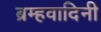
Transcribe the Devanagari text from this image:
ब्रम्हवादिनी